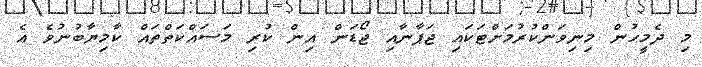
މި ދެމީހުން މިނިވަންކުރުމަށްޓަކައި ޖަޕާނާއި ޖޯޑަން އިން ކުރި މަސައްކަތްތައް ކާމިޔާބުނުވެ އެ